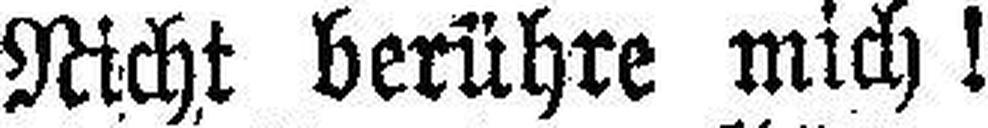
Nicht berühre mich !